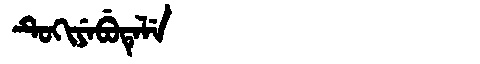
Manchu: ᡨᡠᡴᡳᠶᡝᠪᡠᡨᡝᠯᡝ
Romanization: TUKIYEBUTELE